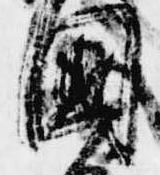
国